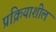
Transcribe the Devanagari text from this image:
प्रक्रियाशील